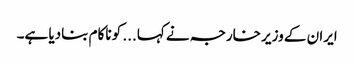
ایران کے وزیر خارجہ نے کہا... کو ناکام بنادیا ہے۔